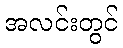
အလင်းတွင်